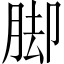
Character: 脚